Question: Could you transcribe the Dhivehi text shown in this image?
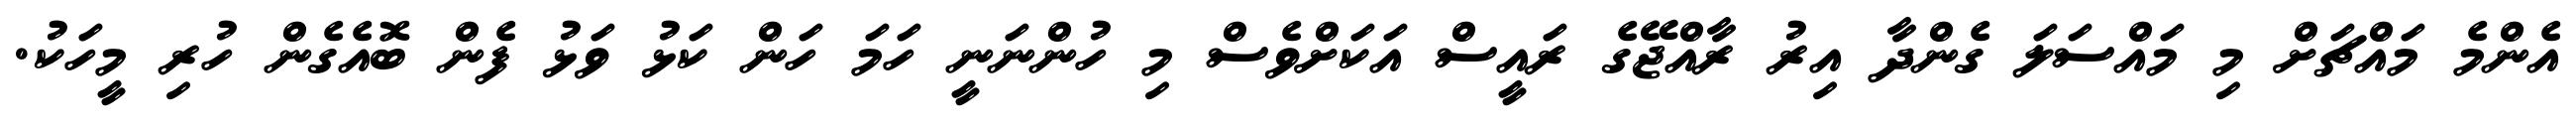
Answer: އެންމެ މައްޗަށް މި މައްސަލަ ގެންދާ އިރު ރާއްޖޭގެ ރައީސް އަކަށްވެސް މި ހުންނަނީ ހަމަ ހަން ކަޅު ވަޅު ފެން ބޮއެގެން ހުރި މީހަކު.